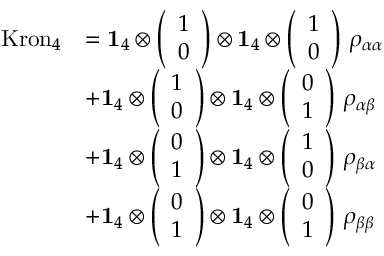
\begin{array} { r l } { \mathrm { K r o n } _ { 4 } } & { = \mathbf { 1 } _ { 4 } \otimes \left( \begin{array} { l } { 1 } \\ { 0 } \end{array} \right) \otimes \mathbf { 1 } _ { 4 } \otimes \left( \begin{array} { l } { 1 } \\ { 0 } \end{array} \right) \, \rho _ { \alpha \alpha } } \\ & { + \mathbf { 1 } _ { 4 } \otimes \left( \begin{array} { l } { 1 } \\ { 0 } \end{array} \right) \otimes \mathbf { 1 } _ { 4 } \otimes \left( \begin{array} { l } { 0 } \\ { 1 } \end{array} \right) \, \rho _ { \alpha \beta } } \\ & { + \mathbf { 1 } _ { 4 } \otimes \left( \begin{array} { l } { 0 } \\ { 1 } \end{array} \right) \otimes \mathbf { 1 } _ { 4 } \otimes \left( \begin{array} { l } { 1 } \\ { 0 } \end{array} \right) \, \rho _ { \beta \alpha } } \\ & { + \mathbf { 1 } _ { 4 } \otimes \left( \begin{array} { l } { 0 } \\ { 1 } \end{array} \right) \otimes \mathbf { 1 } _ { 4 } \otimes \left( \begin{array} { l } { 0 } \\ { 1 } \end{array} \right) \, \rho _ { \beta \beta } } \end{array}